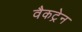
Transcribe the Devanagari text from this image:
वैकट्रेन